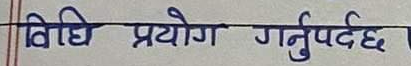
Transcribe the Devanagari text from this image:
विधि प्रयोग गर्नुपर्दछ